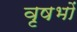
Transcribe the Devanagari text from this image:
वृषभों